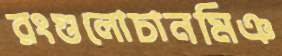
রংগুলোচানমিঞ